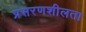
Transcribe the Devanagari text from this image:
प्रसरणशीलता